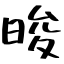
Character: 晙